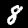
Label: 8